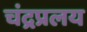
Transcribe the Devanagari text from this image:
चंद्रप्रलय